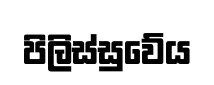
පිලිස්සුවේය